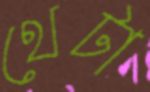
থেটা